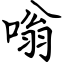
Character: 嗡